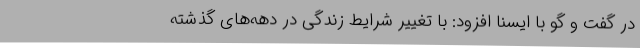
در گفت و گو با ایسنا افزود: با تغییر شرایط زندگی در دهه‌های گذشته